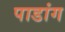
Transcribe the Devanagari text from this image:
पाडांग